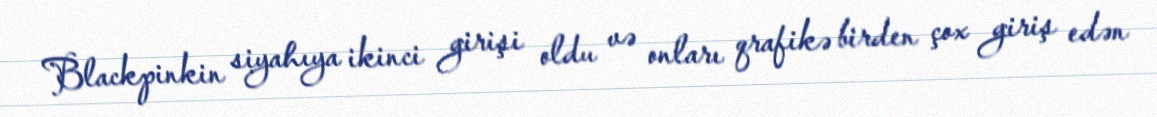
Blackpinkin siyahıya ikinci girişi oldu və onları qrafikə birden çox giriş edən